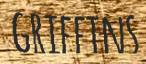
GRIFFINS